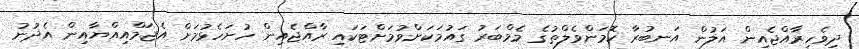
ދިވެހިރާއްޖެއިން އަލުން އަނބުރާ ކޮމަންވެލްތުގެ މެމްބަރު ގައުމަކަށްވުމަށްޓަކައި ރާއްޖެއިން ހުށަހެޅުމަށް އެޖަމްއިއްޔާއިން އެދުނު